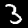
Label: 3